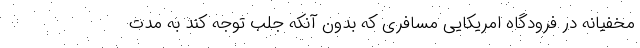
مخفیانه در فرودگاه امریکایی مسافری که بدون آنکه جلب توجه کند به مدت